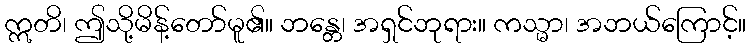
ဣတိ၊ ဤသို့မိန့်တော်မူ၏။ ဘန္တေ၊ အရှင်ဘုရား။ ကသ္မာ၊ အဘယ်ကြောင့်။